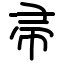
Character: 帚